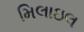
મિલાઇલ